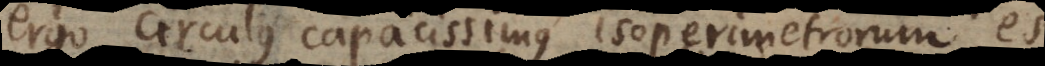
ergo circulus capacissimus isoperimetrorum est